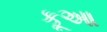
કૂઆ